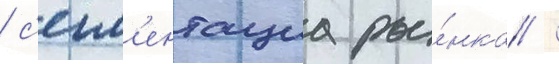
/ с'егм'ентациа ры́нка /